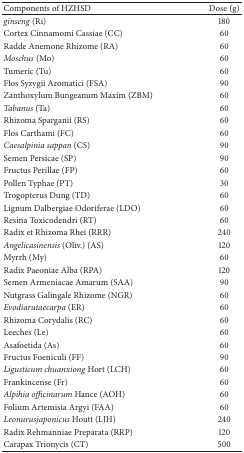
<table><thead><tr><td><b>Components of HZHSD</b></td><td><b>Dose (g)</b></td></tr></thead><tbody><tr><td><i>ginseng</i> (Ri) </td><td>180</td></tr><tr><td>Cortex Cinnamomi Cassiae (CC) </td><td>60</td></tr><tr><td>Radde Anemone Rhizome (RA) </td><td>60</td></tr><tr><td><i>Moschus</i> (Mo) </td><td>60</td></tr><tr><td>Tumeric (Tu) </td><td>60</td></tr><tr><td>Flos Syzygii Aromatici (FSA) </td><td>90</td></tr><tr><td>Zanthoxylum Bungeanum Maxim (ZBM) </td><td>60</td></tr><tr><td><i>Tabanus</i> (Ta) </td><td>60</td></tr><tr><td>Rhizoma Sparganii (RS) </td><td>60</td></tr><tr><td>Flos Carthami (FC) </td><td>60</td></tr><tr><td><i>Caesalpinia sappan</i> (CS) </td><td>90</td></tr><tr><td>Semen Persicae (SP) </td><td>90</td></tr><tr><td>Fructus Perillae (FP) </td><td>60</td></tr><tr><td>Pollen Typhae (PT) </td><td>30</td></tr><tr><td>Trogopterus Dung (TD) </td><td>60</td></tr><tr><td>Lignum Dalbergiae Odoriferae (LDO) </td><td>60</td></tr><tr><td>Resina Toxicodendri (RT) </td><td>60</td></tr><tr><td>Radix et Rhizoma Rhei (RRR) </td><td>240</td></tr><tr><td><i>Angelicasinensis</i> (Oliv.) (AS) </td><td>120</td></tr><tr><td>Myrrh (My) </td><td>60</td></tr><tr><td>Radix Paeoniae Alba (RPA) </td><td>120</td></tr><tr><td>Semen Armeniacae Amarum (SAA) </td><td>90</td></tr><tr><td>Nutgrass Galingale Rhizome (NGR) </td><td>60</td></tr><tr><td><i>Evodiarutaecarpa</i> (ER) </td><td>60</td></tr><tr><td>Rhizoma Corydalis (RC) </td><td>60</td></tr><tr><td>Leeches (Le) </td><td>60</td></tr><tr><td>Asafoetida (As) </td><td>60</td></tr><tr><td>Fructus Foeniculi (FF) </td><td>90</td></tr><tr><td><i>Ligusticum chuanxiong</i> Hort (LCH) </td><td>60</td></tr><tr><td>Frankincense (Fr) </td><td>60</td></tr><tr><td><i>Alpihia officinarum</i> Hance (AOH) </td><td>60</td></tr><tr><td>Folium Artemisia Argyi (FAA)</td><td>60</td></tr><tr><td><i>Leonurusjaponicus</i> Houtt (LJH) </td><td>240</td></tr><tr><td>Radix Rehmanniae Preparata (RRP) </td><td>120</td></tr><tr><td>Carapax Trionycis (CT) </td><td>500</td></tr></tbody></table>